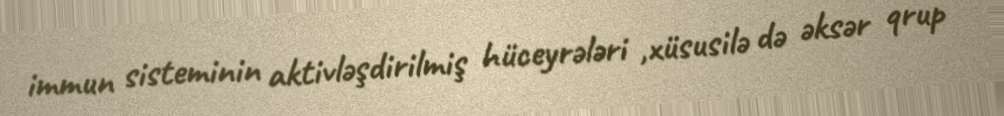
immun sisteminin aktivləşdirilmiş hüceyrələri ,xüsusilə də əksər qrup